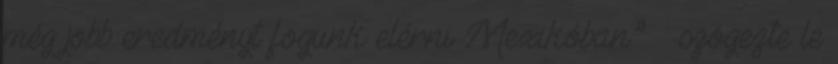
még jobb eredményt fogunk elérni Mexikóban.” – szögezte le